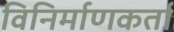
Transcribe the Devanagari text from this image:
विनिर्माणकर्ता